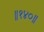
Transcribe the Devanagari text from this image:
॥१४०॥